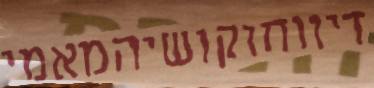
דיווחוקושיהמאמי